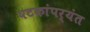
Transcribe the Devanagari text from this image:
षटकांपर्यंत